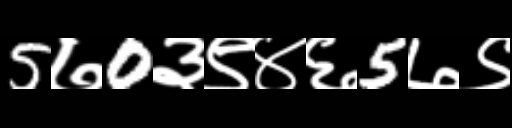
Text: 5७0३९४६5७९